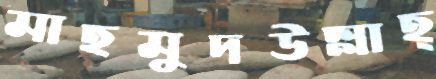
মাহমুদউল্লাহ্